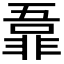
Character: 𬰜